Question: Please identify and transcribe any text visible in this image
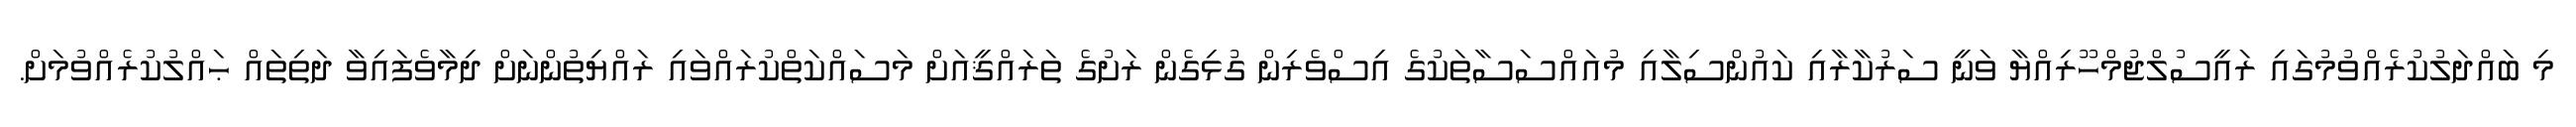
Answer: މި ބައްދަލުކުރެއްވުމުގައި ރައީސުލްޖުމްހޫރިއްޔާ ވަނީ ސަރުކާރާއި ކައުންސިލާއި މުއައްސަސާތަކުގެ އިސްވެރިން ގުޅިގެން ރަށުގެ ތަރައްޤީއަށް މަސައްކަތްކުރައްވައި ރައްޔިތުންނަށް ދިމާވެފައިވާ ދަތިތައް ޙައްލުކުރެއްވުމަށް.